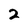
Character: 2